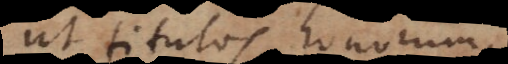
ut titulos hono